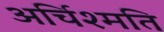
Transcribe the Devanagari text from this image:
अर्चिश्मति